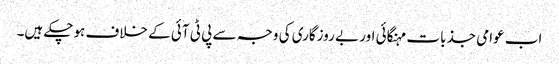
اب عوامی جذبات مہنگائی اور بے روزگاری کی وجہ سے پی ٹی آئی کے خلاف ہوچکے ہیں۔